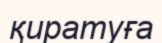
қиратуға